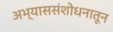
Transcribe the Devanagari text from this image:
अभ्याससंशोधनातून